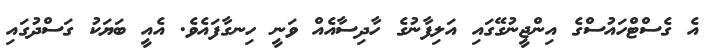
އެ ގެސްޓްހައުސްގެ އިންޖީނުގޭގައި އަލިފާނުގެ ހާދިސާއެއް ވަނީ ހިނގާފައެވެ. އެއީ ބަޔަކު ގަސްދުގައި